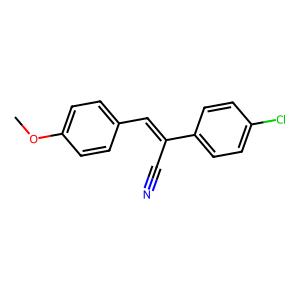
SMILES: COc1ccc(C=C(C#N)c2ccc(Cl)cc2)cc1
Inhibits HIV replication: No